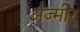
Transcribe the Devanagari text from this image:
अज्मीर्